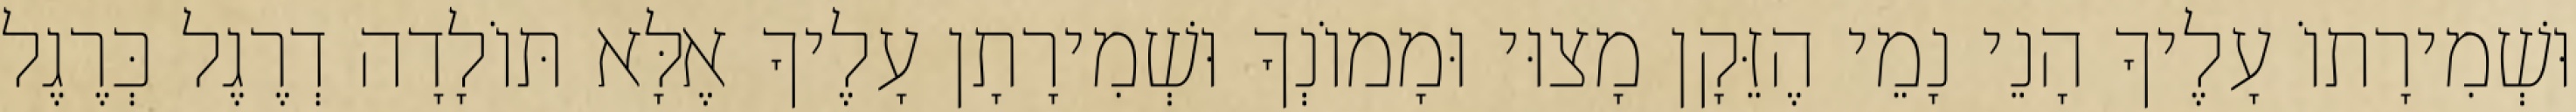
וּשְׁמִירָתוֹ עָלֶיךָ הָנֵי נָמֵי הֶזֵּקָן מָצוּי וּמָמוֹנְךָ וּשְׁמִירָתָן עָלֶיךָ אֶלָּא תּוֹלָדָה דְרֶגֶל כְּרֶגֶל